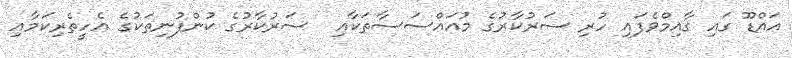
އައްޑޫ ގައި ގާއިމްވެފައި ހުރި ސަރުކާރުގެ މުއައްސަސާތަކާއި  ސަރުކާރުގެ ކުންފުނިތަކުގެ އެހީތެރިކަމާއި